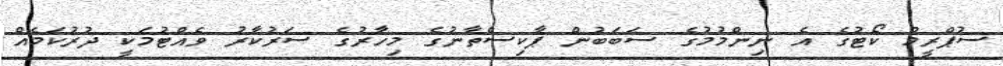
ސުޕްރީމް ކޯޓުގެ އެ ނިންމުމުގެ ސަބަބުން ޕާކިސްތާނުގެ މިހާރުގެ ސަރުކާރު ވެއްޓުމަކީ ދުރުކަމެއް